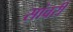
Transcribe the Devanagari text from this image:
सांवरी